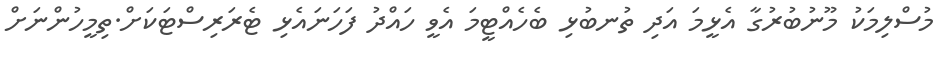
މުސްލިމަކު މޫނުބުރުގާ އެޅީމަ އަދި ތުނބުޅި ބެހެއްޓީމަ އެވީ ހައްދު ފަހަނައެޅި ޓެރަރިސްޓަކަށް.ތިމީހުންނަށް